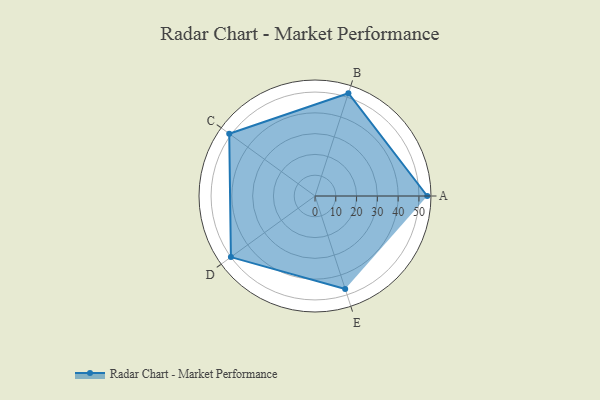
{"axis": {"x": "Skill", "y": "Score"}, "legend": ["Profile"], "data": [{"x": "A", "y": 54.0, "type": "Profile"}, {"x": "B", "y": 52.0, "type": "Profile"}, {"x": "C", "y": 51.0, "type": "Profile"}, {"x": "D", "y": 50.0, "type": "Profile"}, {"x": "E", "y": 47.0, "type": "Profile"}]}